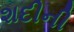
શદીની